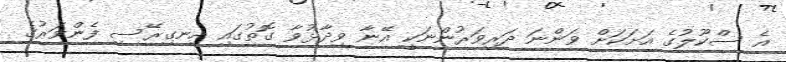
އެ ސްކޫލުގެ އަށަކަށް ވަންނަ ދަރިވަރުންނަކީ އޭނާ ވިދާޅުވާ ގޮތުގައި އިނގިރޭސި ފެންވަރުގެ